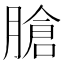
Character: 𦞛